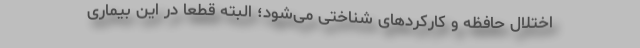
اختلال حافظه و کارکردهای شناختی می‌شود؛ البته قطعاً در این بیماری